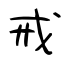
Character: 戒